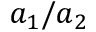
a _ { 1 } / a _ { 2 }